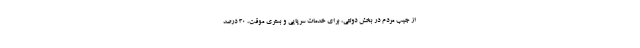
از جیب مردم در بخش دولتی، برای خدمات سرپایی و بستری موقت، ۳۰ درصد